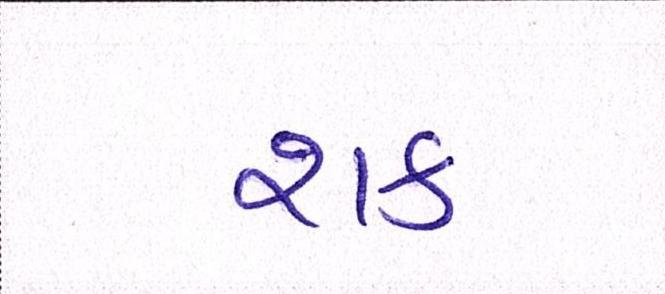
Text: શક